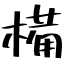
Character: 𣖾